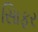
સાિફર